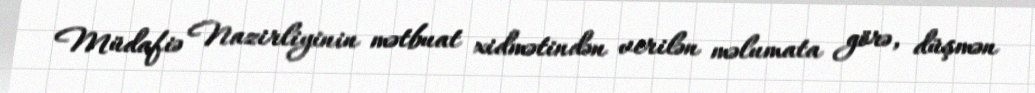
Müdafiə Nazirliyinin mətbuat xidmətindən verilən məlumata görə, düşmən